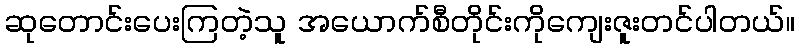
ဆုတောင်းပေးကြတဲ့သူ အယောက်စီတိုင်းကိုကျေးဇူးတင်ပါတယ်။